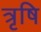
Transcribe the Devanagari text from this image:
त्रृषि